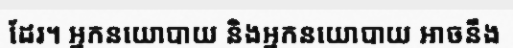
ដែរ។ អ្នកនយោបាយ និងអ្នកនយោបាយ អាចនឹង